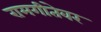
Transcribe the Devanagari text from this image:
रामगीतेवर